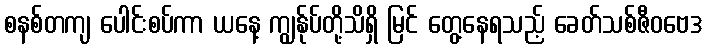
စနစ်တကျ ပေါင်းစပ်ကာ ယနေ့ ကျွန်ုပ်တို့သိရှိ မြင် တွေ့နေရသည့် ခေတ်သစ်ဇီဝဗေဒ